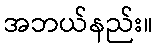
အဘယ်နည်း။